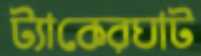
ট্যাকেরঘাট